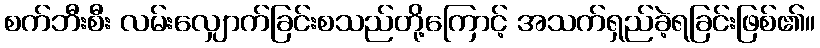
စက်ဘီးစီး လမ်းလျှောက်ခြင်းစသည်တို့ကြောင့် အသက်ရှည်ခဲ့ရခြင်းဖြစ်၏။